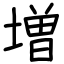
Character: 増